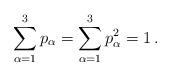
LaTeX: \begin{align*}\sum_{\alpha=1}^3 p_\alpha =\sum_{\alpha=1}^3 p^2_\alpha = 1\,. \end{align*}